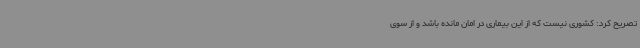
تصریح کرد: کشوری نیست که از این بیماری در امان مانده باشد و از سوی